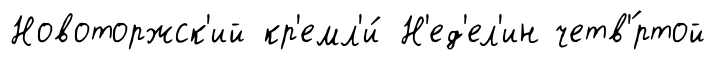
Новоторжск'ий кр'емл'и́ Н'ед'ел'ин четв'́ртой